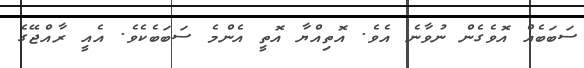
ސަބަބެއް އޮވެގެން ނުވާނެ އެވެ. އޮތިއްޔާ އޮތީ އެންމެ ސަބަބެކެވެ. އެއީ ރާއްޖޭގެ